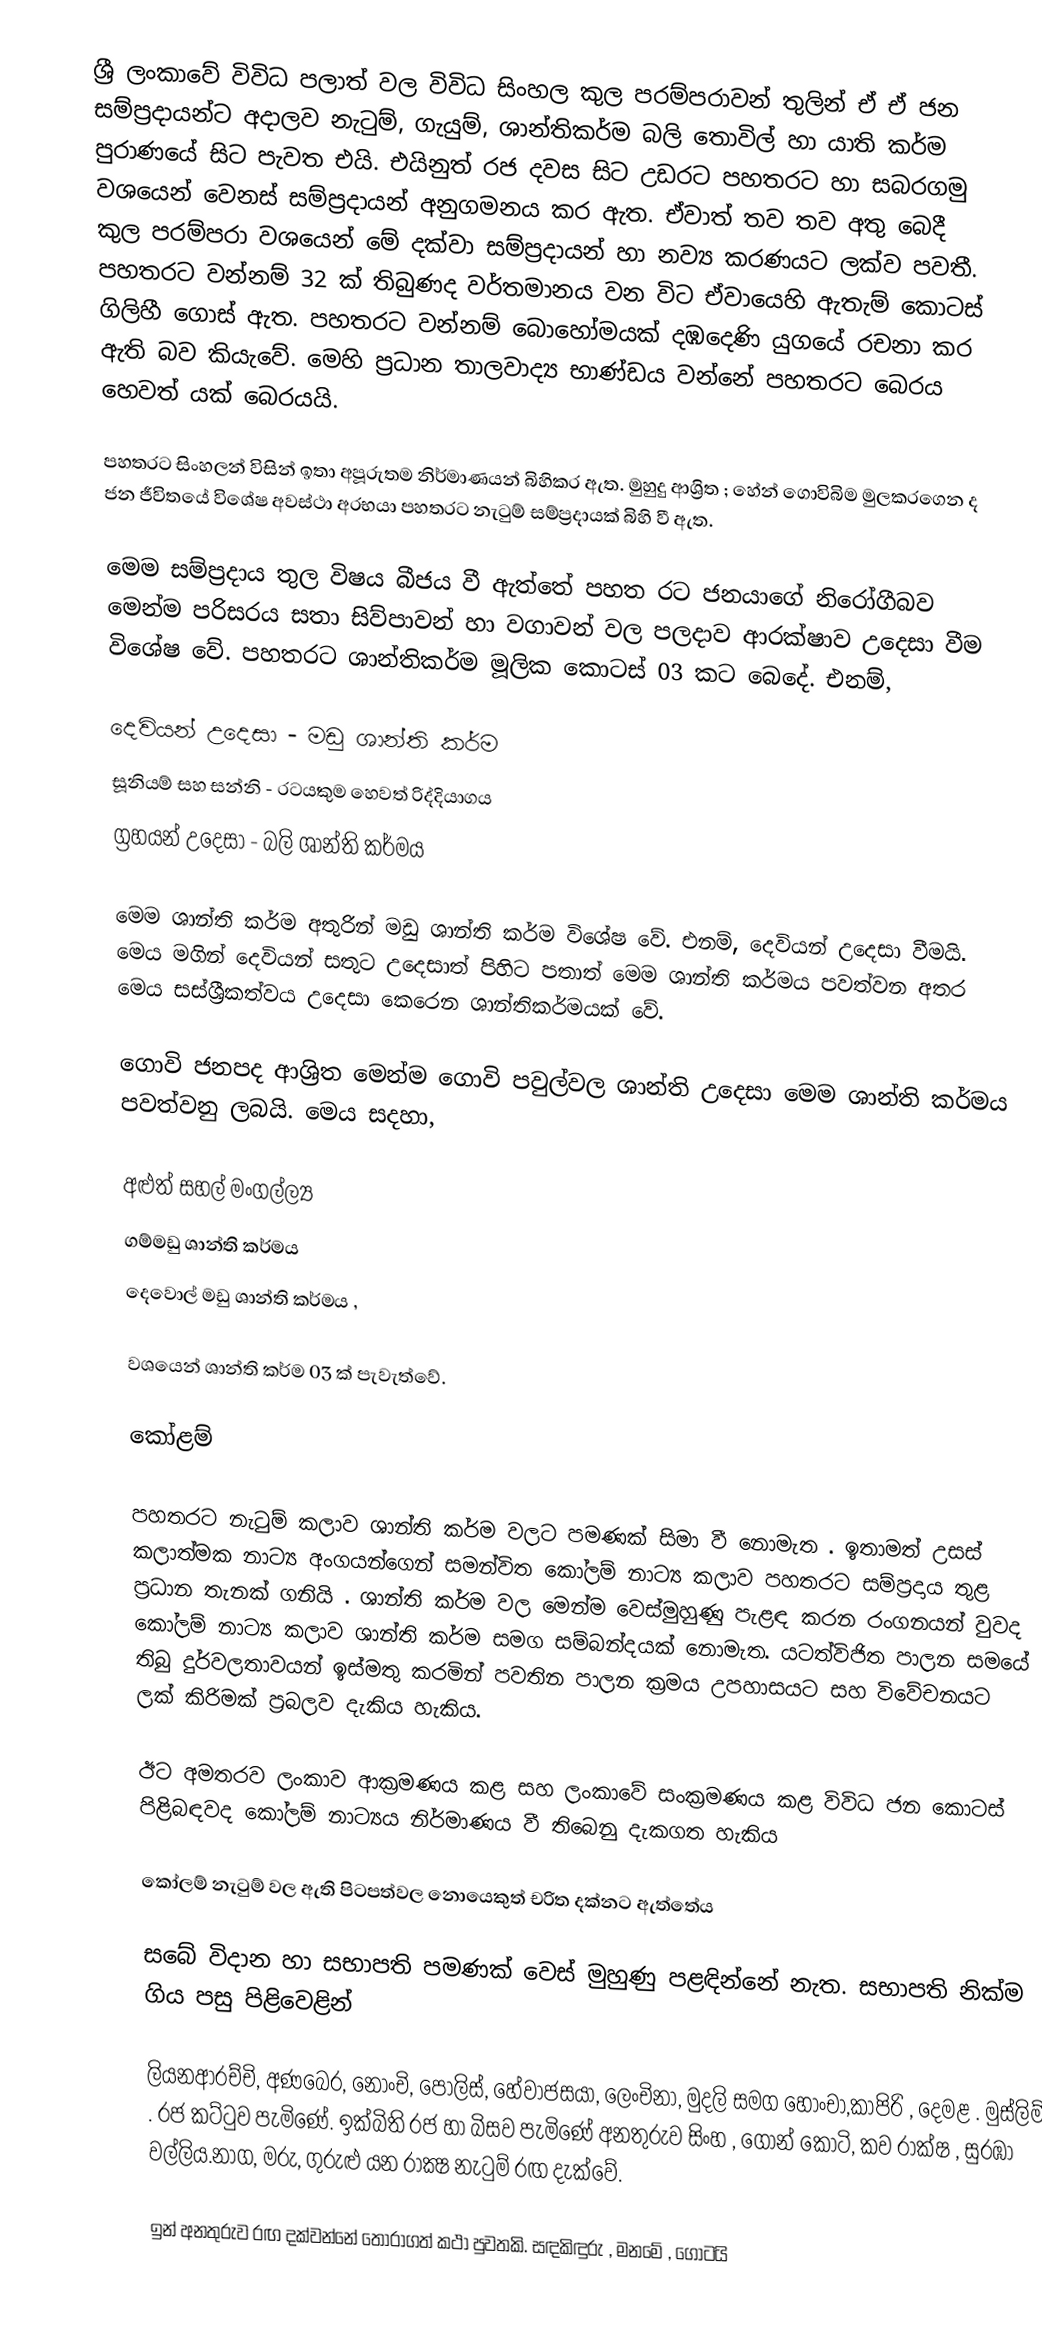
ශ්‍රී ලංකා‍වේ විවිධ පලාත් වල විවිධ සිංහල කුල පරම්පරාවන් තුලින් ඒ ඒ ජන සම්ප්‍රදායන්ට අදාලව නැටුම්, ගැයුම්, ශාන්තිකර්ම බලි තොවිල් හා යාති කර්ම පුරාණයේ සිට පැවත එයි. එයිනුත් රජ දවස සිට උඩරට පහතරට හා සබරගමු වශයෙන් ‍වෙනස් සම්ප්‍රදායන් අනුගමනය කර ඇත. ඒවාත් තව තව අතු බෙදී කුල පරම්පරා වශයෙන් මේ දක්වා සම්ප්‍රදායන් හා නව්‍ය කරණයට ලක්ව පවතී. පහතරට වන්නම් 32 ක් තිබුණද වර්තමානය වන විට ඒවායෙහි ඇතැම් කොටස් ගිලිහී ගොස් ඇත. පහතරට වන්නම් බොහෝමයක් දඹදෙණි යුගයේ රචනා කර ඇති බව කියැවේ. මෙහි ප්‍රධාන තාලවාද්‍ය භාණ්ඩය වන්නේ පහතරට බෙරය හෙවත් යක් බෙරයයි.

පහතරට  සිංහලන් විසින් ඉතා අපූරුතම නිර්මාණයන් බිහිකර ඇත. මුහුදු ආශ්‍රිත ; හේන් ගොවිබිම මුලකරගෙන ද ජන ජීවිතයේ විශේෂ අවස්ථා අරභයා පහතරට නැටුම් සම්ප්‍රදායක් බිහි වී ඇත.

මෙම සම්ප්‍රදාය තුල විෂය බීජය වී ඇත්තේ පහත රට ජනයාගේ නිරෝගීබව මෙන්ම පරිසරය සතා සිව්පාවන් හා වගාවන් වල පලදාව ආරක්ෂාව උදෙසා වීම විශේෂ වේ. පහතරට ශාන්තිකර්ම මූලික කොටස් 03 කට බෙදේ. එනම්,

 දෙවියන් උදෙසා - මඩු ශාන්ති කර්ම
 සූනියම් සහ සන්නි - රටයකුම හෙවත් රිද්දියාගය
 ග්‍රහයන් උදෙසා - බලි ශාන්ති කර්මය

මෙම ශාන්ති කර්ම අතුරින් මඩු ශාන්ති කර්ම විශේෂ වේ. එනම්, දෙවියන් උදෙසා වීමයි. මෙය මගින් දෙවියන් සතුට උදෙසාත් පිහිට පතාත් මෙම ශාන්ති කර්මය පවත්වන අතර මෙය සස්ශ්‍රීකත්වය උදෙසා කෙරෙන ශාන්තිකර්මයක් වේ.

ගොවි ජනපද ආශ්‍රිත මෙන්ම ගොවි පවුල්වල ශාන්ති උදෙසා මෙම ශාන්ති කර්මය පවත්වනු ලබයි. මෙය සදහා,

අළුත් සහල් මංගල්ල්‍ය
ගම්මඩු ශාන්ති කර්මය
දෙවොල් මඩු ශාන්ති කර්මය ,

වශයෙන් ශාන්ති කර්ම 03 ක් පැවැත්වේ.

කෝළම්

පහතරට  නැටුම් කලාව  ශාන්ති කර්ම වලට පමණක් සිමා වී නොමැත . ඉතාමත් උසස් කලාත්මක  නාට්‍ය අංගයන්ගෙන් සමන්විත කෝලම් නාට්‍ය කලාව පහතරට සම්ප්‍රදාය තුළ  ප්‍රධාන තැනක් ගනියි . ශාන්ති කර්ම වල මෙන්ම  වෙස්මුහුණු පැළඳ  කරන රංගනයන් වුවද  කෝලම් නාට්‍ය කලාව ශාන්ති කර්ම සමග සම්බන්දයක් නොමැත. යටත්විජිත  පාලන සමයේ  තිබු  දුර්වලතාවයන් ඉස්මතු කරමින් පවතින පාලන ක්‍රමය උපහාසයට  සහ විවේචනයට  ලක් කිරිමක්  ප්‍රබලව දැකිය හැකිය.

ඊට අමතරව  ලංකාව ආක්‍රමණය කළ  සහ ලංකාවේ සංක්‍රමණය  කළ විවිධ ජන කොටස් පිළිබඳවද  කෝලම් නාට්‍යය නිර්මාණය වී තිබෙනු දැකගත හැකිය  

කෝලම් නැටුම් වල ඇති පිටපත්වල නොයෙකුත් චරිත දක්‌නට ඇත්තේය

සබේ විදාන හා සභාපති පමණක්‌ වෙස්‌ මුහුණු පළඳින්නේ  නැත. සභාපති නික්‌ම ගිය පසු පිළිවෙළින්

ලියනආරච්චි, අණබෙර, නොංචි, පොලිස්‌, හේවාජසයා, ලෙංචිනා, මුදලි සමග හොංචා,කාපිරි , දෙමළ . මුස්ලිම් . රජ කට්‌ටුව පැමිණේ. ඉක්බිති  රජ හා බිසව පැමිණේ අනතුරුව  සිංහ , ගොන්  කොටි, කව රාක්ෂ , සුරඹා  වල්ලිය.නාග, මරු, ගුරුළු යන රාක්‍ෂ නැටුම් රඟ දැක්‌වේ.

ඉන් අනතුරුව රඟ දක්‌වන්නේ තෝරාගත් කථා පුවතකි. සඳකිඳුරු , මනමේ , ගෝටයි